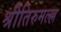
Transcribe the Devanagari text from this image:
श्रीतिरुमल्ल्ल